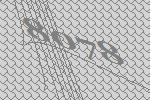
8078